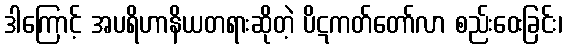
ဒါကြောင့် အပရိဟာနိယတရားဆိုတဲ့ ပိဋကတ်တော်လာ စည်းဝေးခြင်း၊